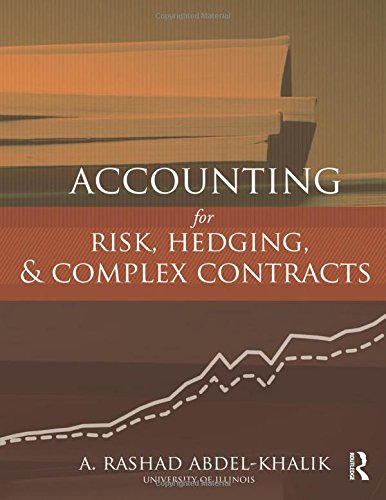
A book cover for Accounting for Risk, Hedging and Complex Contracts; A. Rashad Abdel-Khalik; Business & Money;